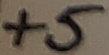
Text: +5